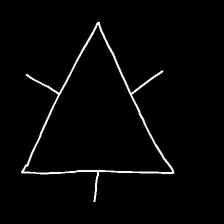
Glyph: fire